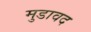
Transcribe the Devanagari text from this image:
मुडावद